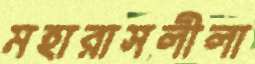
মহারাসলীলা